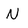
Character: N